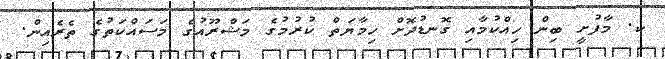
ކ. މާފުށީ ބިން ހިއްކުމާއި ގޮނޑުދޮށް ހިމާޔަތް ކުރުމުގެ މަޝްރޫއުގެ މަސައްކަތުގެ ތެރެއިން.